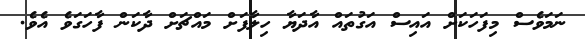
ނަމަވެސް މިފަހަކަށް އައިސް އަގުތައް އާދަޔާ ހިލާފަށް މައްޗަށް ދާކަން ފާހަގަވެ އެވެ.